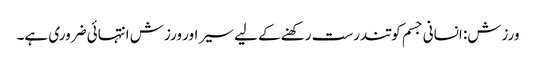
ورزش: انسانی جسم کو تندرست رکھنے کے لیے سیر اور ورزش انتہائی ضروری ہے۔